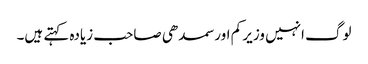
لوگ انہیں وزیر کم اور سمدھی صاحب زیادہ کہتے ہیں۔